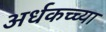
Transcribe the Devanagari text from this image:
अर्धकच्च्या